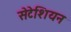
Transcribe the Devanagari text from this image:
सेटेशियन